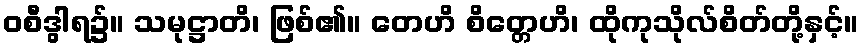
ဝစီဒွါရ၌။ သမုဋ္ဌာတိ၊ ဖြစ်၏။ တေဟိ စိတ္တေဟိ၊ ထိုကုသိုလ်စိတ်တို့နှင့်။